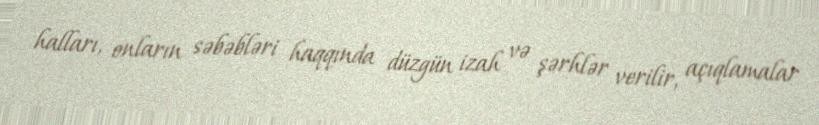
halları, onların səbəbləri haqqında düzgün izah və şərhlər verilir, açıqlamalar